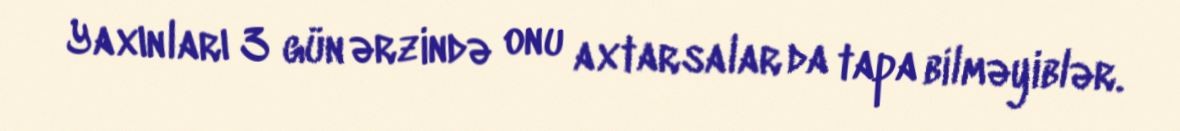
Yaxınları 3 gün ərzində onu axtarsalar da tapa bilməyiblər.